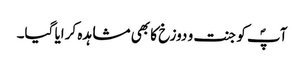
آپؐ کو جنت و دوزخ کا بھی مشاہدہ کرایا گیا۔